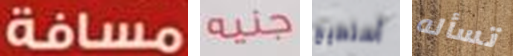
مسافة جنيه أستطيع تسأله